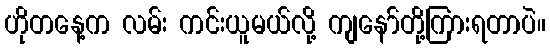
ဟိုတနေ့က လမ်း ကင်းယူမယ်လို့ ကျနော်တို့ကြားရတာပဲ။